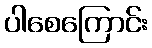
ပါစေကြောင်း